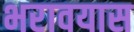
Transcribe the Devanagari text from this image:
भरावयास